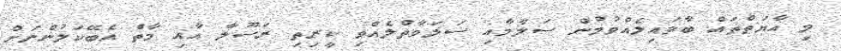
މި އާޔަތްތައް ބާވައިލެއްވުމުން ސަލާމާއި ޞަލަވާތްލެއްވި ކީރިތި ރަސޫލާ އާއި މާތް އެބޭކަލުންނަށް